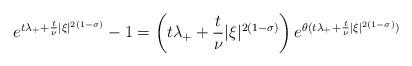
LaTeX: \begin{align*}e^{t \lambda_{+}+\frac{t}{\nu}|\xi|^{2(1-\sigma)} }-1=\left(t \lambda_{+}+\frac{t}{\nu}|\xi|^{2(1-\sigma)}\right)e^{\theta(t \lambda_{+}+\frac{t}{\nu}|\xi|^{2(1-\sigma)} )}\end{align*}